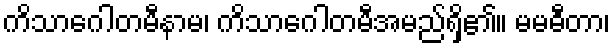
ကိသာဂေါတမီနာမ၊ ကိသာဂေါတမီအမည်ရှိ၏။ မမဓီတာ၊